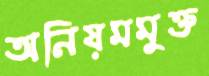
অনিয়মমুক্ত